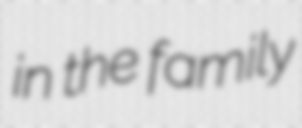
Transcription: in the family